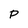
Character: P